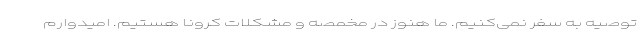
توصیه به سفر نمی‌کنیم. ما هنوز در مخمصه و مشکلات کرونا هستیم. امیدوارم